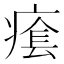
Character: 𤸌